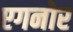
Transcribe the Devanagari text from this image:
एगनोर